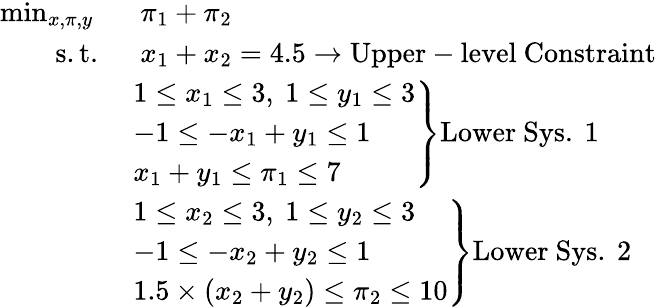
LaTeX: \begin{array}{rl}{\operatorname*{min}_{x,\pi,y}\ }&{\ \pi_{1}+\pi_{2}}\\ {\mathrm{s.t.}\ }&{\ x_{1}+x_{2}=4.5\rightarrow\mathrm{Upper-level~Constraint}}\\ &{\left.\begin{array}{l}{1\leq x_{1}\leq 3,\ 1\leq y_{1}\leq 3}\\ {-1\leq-x_{1}+y_{1}\leq 1}\\ {x_{1}+y_{1}\leq\pi_{1}\leq 7}\end{array}\right\} \mathrm{Lower~Sys.~1}}\\ &{\left.\begin{array}{l}{1\leq x_{2}\leq 3,\ 1\leq y_{2}\leq 3}\\ {-1\leq-x_{2}+y_{2}\leq 1}\\ {1.5\times(x_{2}+y_{2})\leq\pi_{2}\leq 10}\end{array}\right\} \mathrm{Lower~Sys.~2}}\end{array}